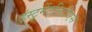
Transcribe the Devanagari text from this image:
इंस्ट्रूमेंटलिटीएस